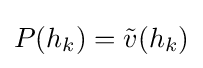
P(h_{k})={\tilde {v}}(h_{k})